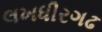
લખધીરગઢ